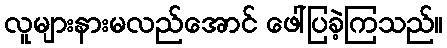
လူများနားမလည်အောင် ဖေါ်ပြခဲ့ကြသည်။